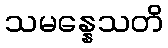
သမန္နေသတိ